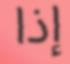
إذا